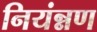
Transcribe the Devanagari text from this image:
नियंन्नण